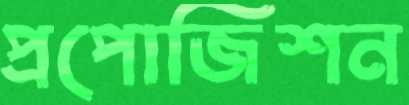
প্রপোজিশন